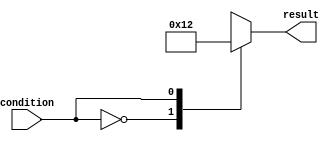
module case_statement_example (
    input wire condition,
    output reg [3:0] result
);

initial begin
    case (condition)
        4'b0000: result = 4'b0001;
        4'b0001: result = 4'b0010;
        4'b0010: result = 4'b0011;
        4'b0011: result = 4'b0100;
        default: result = 4'b1111;
    endcase
end

endmodule